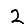
Digit: 2